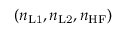
( n _ { \mathrm { L 1 } } , n _ { \mathrm { L 2 } } , n _ { \mathrm { H F } } )